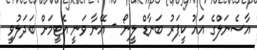
އާސެނަލްގެ އައު ކީޕަރު ބަނާޑް ލީނޯ - އޭނާ ވަނީ އެޓީމަށް ބަދަލުވީ